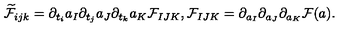
\widetilde { \cal F } _ { i j k } = \partial _ { t _ { i } } a _ { I } \partial _ { t _ { j } } a _ { J } \partial _ { t _ { k } } a _ { K } { \cal F } _ { I J K } , { \cal F } _ { I J K } = \partial _ { a _ { I } } \partial _ { a _ { J } } \partial _ { a _ { K } } { \cal F } ( a ) .